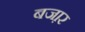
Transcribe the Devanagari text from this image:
बजा़र